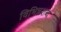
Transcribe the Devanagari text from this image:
विभिन्नशब्द